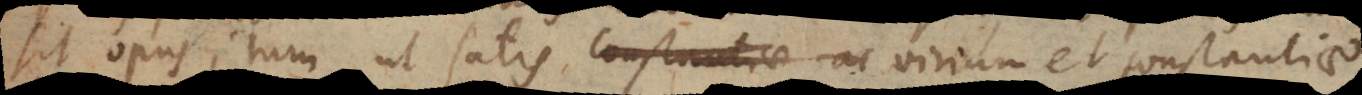
sit opus; tum ut satis virium et constantiae